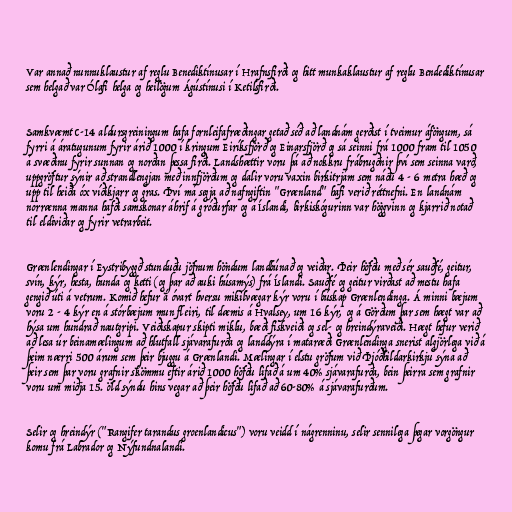
Var annað nunnuklaustur af reglu Benediktínusar í Hrafnsfirði og hitt munkaklaustur af reglu Bendediktínusar
sem helgað var Ólafi helga og heilögum Ágústínusi í Ketilsfirði.

Samkvæmt C-14 aldursgreiningum hafa fornleifafræðingar getað séð að landnám gerðist í tveimur áföngum, sá
fyrri á áratugunum fyrir árið 1000 í kringum Eiríksfjörð og Einarsfjörð og sá seinni frá 1000 fram til 1050
á svæðinu fyrir sunnan og norðan þessa firði. Landshættir voru þá að nokkru frábrugðnir því sem seinna varð,
uppgröftur sýnir að strandlengjan með innfjörðum og dalir voru vaxin birkitrjám sem náðu 4 - 6 metra hæð og
upp til heiða óx víðikjarr og gras. Því má segja að nafngiftin "Grænland" hafi verið réttnefni. En landnám
norrænna manna hafði samskonar áhrif á gróðurfar og á Íslandi, birkiskógurinn var höggvinn og kjarrið notað
til eldiviðar og fyrir vetrarbeit.

Grænlendingar í Eystribyggð stunduðu jöfnum höndum landbúnað og veiðar. Þeir höfðu með sér sauðfé, geitur,
svín, kýr, hesta, hunda og ketti (og þar að auki húsamýs) frá Íslandi. Sauðfé og geitur virðast að mestu hafa
gengið úti á vetrum. Komið hefur á óvart hversu mikilvægar kýr voru í búskap Grænlendinga. Á minni bæjum
voru 2 - 4 kýr en á stórbæjum mun fleiri, til dæmis á Hvalsey, um 16 kýr, og á Görðum þar sem hægt var að
hýsa um hundrað nautgripi. Veiðiskapur skipti miklu, bæði fiskveiði og sel- og hreindýraveiði. Hægt hefur verið
að lesa úr beinamælingum að hlutfall sjávarafurða og landdýra í mataræði Grænlendinga snerist algjörlega við á
þeim nærri 500 árum sem þeir bjuggu á Grænlandi. Mælingar í elstu gröfum við Þjóðhildarkirkju sýna að
þeir sem þar voru grafnir skömmu eftir árið 1000 höfðu lifað á um 40% sjávarafurða, bein þeirra sem grafnir
voru um miðja 15. öld sýndu hins vegar að þeir höfðu lifað að 60-80% á sjávarafurðum.

Selir og hreindýr ("Rangifer tarandus groenlandicus") voru veidd í nágrenninu, selir sennilega þegar vorgöngur
komu frá Labrador og Nýfundnalandi.